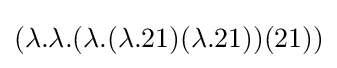
(\lambda .\lambda .(\lambda .(\lambda .21)(\lambda .21))(21))